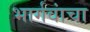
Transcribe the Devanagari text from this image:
भार्गवांचा